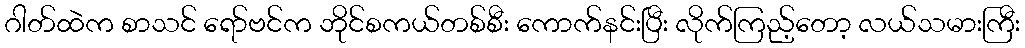
ဂါတ်ထဲက စာသင် ရော်ဗင်က ဘိုင်စကယ်တစ်စီး ကောက်နင်းပြီး လိုက်ကြည့်တော့ လယ်သမားကြီး